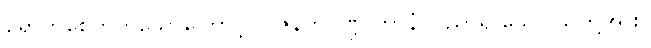
ရောက်စေတတ်သောကြောင့်။ ဝိဇနတိပဏ္ဍိ တာနံ၊ ပညာရှိ သော သူတို့အား။